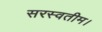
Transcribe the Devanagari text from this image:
सरस्वतीम।